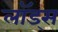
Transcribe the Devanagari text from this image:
लॉड्स